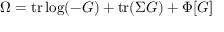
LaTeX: \Omega = \mathrm { t r } \log ( - G ) + \mathrm { t r } ( \Sigma G ) + \Phi [ G ]